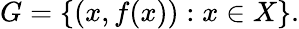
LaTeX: G=\{ (x,f(x)):x\in X\} .